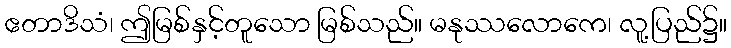
ဧတာဒိသံ၊ ဤမြစ်နှင့်တူသော မြစ်သည်။ မနုဿလောကေ၊ လူ့ပြည်၌။